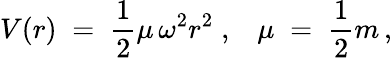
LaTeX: V(r)\; =\; \frac{1}{2}\mu\, \omega^{2}r^{2}\; ,\; \; \; \mu\; =\; \frac{1}{2}m\, ,